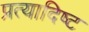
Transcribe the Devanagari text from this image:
प्रत्यादिष्ट